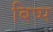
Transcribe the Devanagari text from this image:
बिष्प